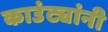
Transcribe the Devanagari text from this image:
काउंट्यांनी